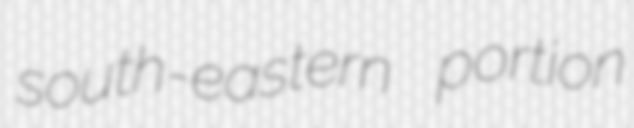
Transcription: south-eastern portion